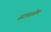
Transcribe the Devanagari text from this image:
स्टारसेम